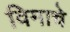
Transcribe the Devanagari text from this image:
विमाचे